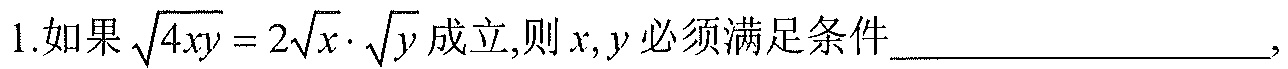
1.如果\(\sqrt{4xy}=2\sqrt{x}\cdot\sqrt{y}\)成立,则\(x,y\)必须满足条件_________________,